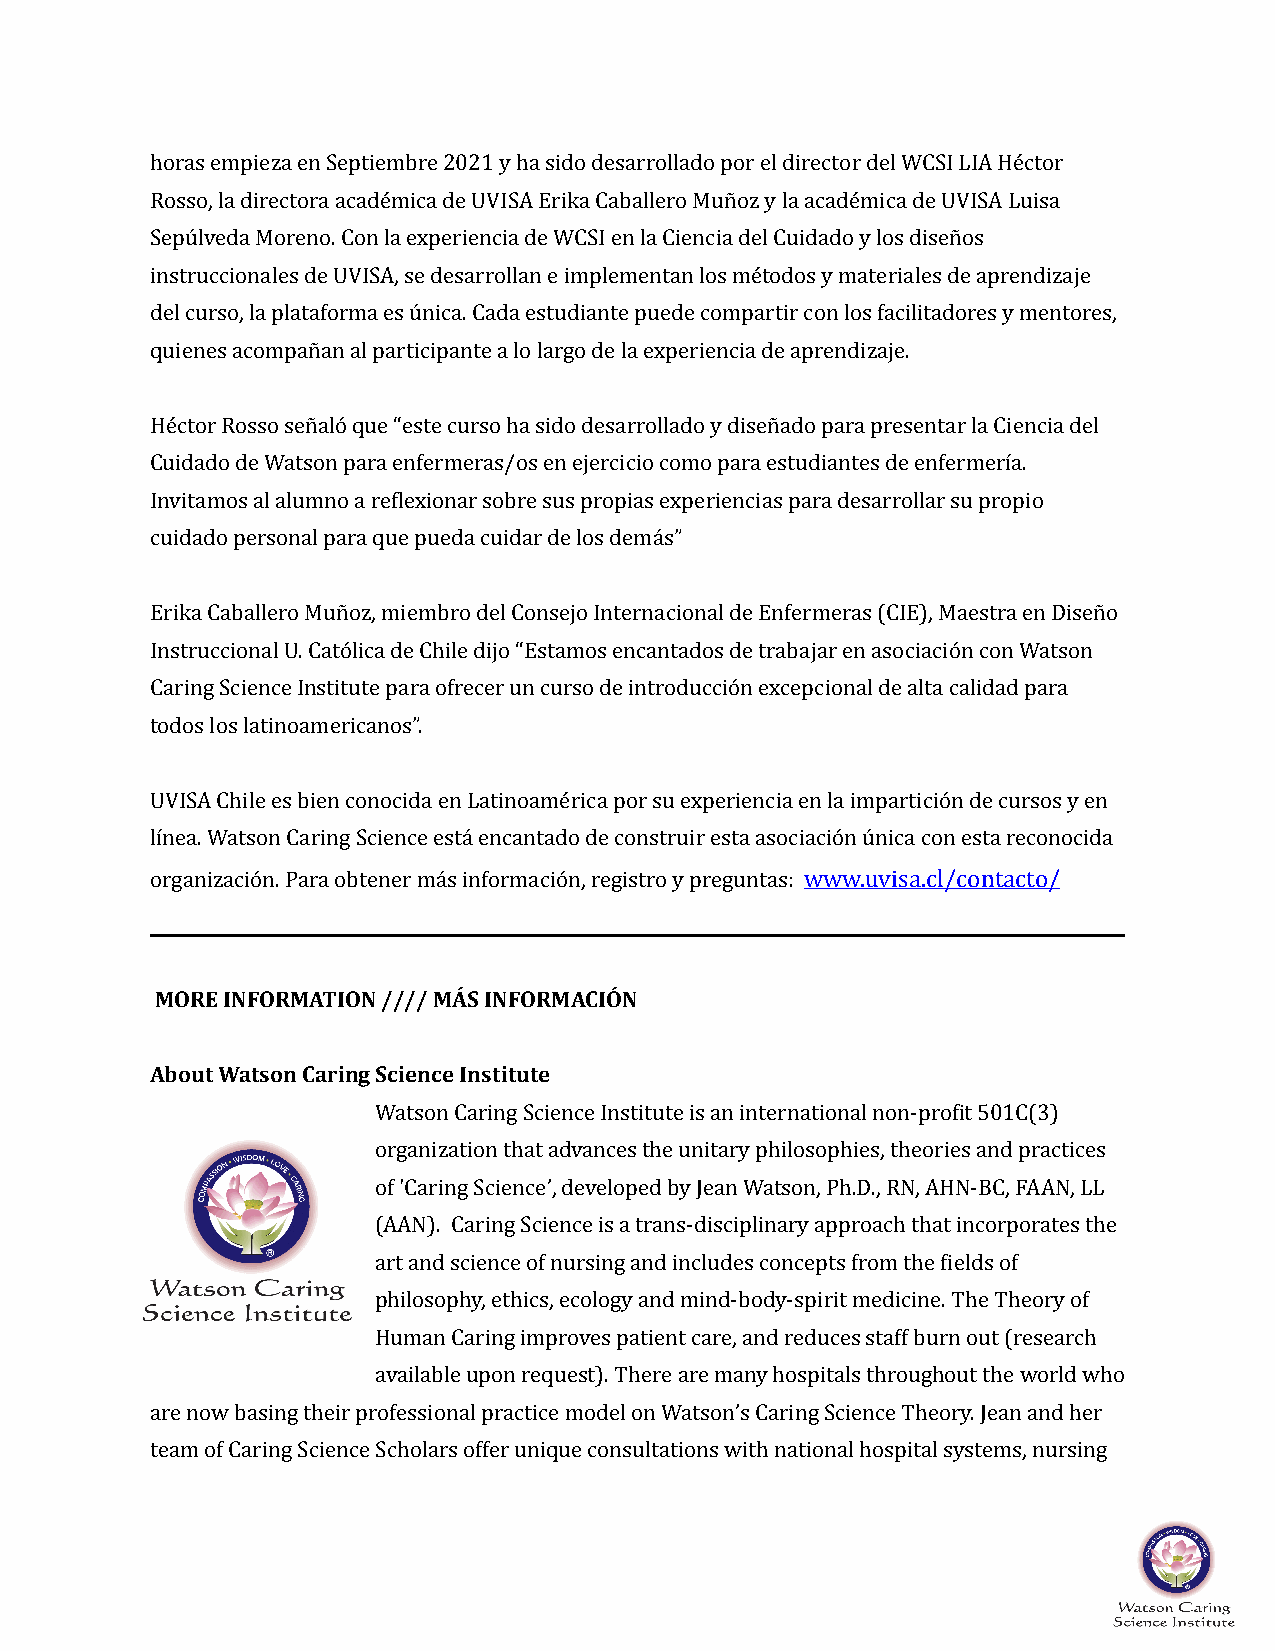
horas empieza en Septiembre 2021 y ha sido desarrollado por el director del WCSI LIA Héctor
 Rosso, la directora académica de UVISA Erika Caballero Muñoz y la académica de UVISA Luisa
 Sepúlveda Moreno. Con la experiencia de WCSI en la Ciencia del Cuidado y los diseños
 instruccionales de UVISA, se desarrollan e implementan los métodos y materiales de aprendizaje
 del curso, la plataforma es única. Cada estudiante puede compartir con los facilitadores y mentores,
 quienes acompañan al participante a lo largo de la experiencia de aprendizaje.
 Héctor Rosso señaló que “este curso ha sido desarrollado y diseñado para presentar la Ciencia del
 Cuidado de Watson para enfermeras/os en ejercicio como para estudiantes de enfermería.
 Invitamos al alumno a reVlexionar sobre sus propias experiencias para desarrollar su propio
 cuidado personal para que pueda cuidar de los demás”
 Erika Caballero Muñoz, miembro del Consejo Internacional de Enfermeras (CIE), Maestra en Diseño
 Instruccional U. Católica de Chile dijo “Estamos encantados de trabajar en asociación con Watson
 Caring Science Institute para ofrecer un curso de introducción excepcional de alta calidad para
 todos los latinoamericanos”.
 UVISA Chile es bien conocida en Latinoamérica por su experiencia en la impartición de cursos y en
 línea. Watson Caring Science está encantado de construir esta asociación única con esta reconocida
 organización. Para obtener más información, registro y preguntas: www.uvisa.cl/contacto/
 MORE INFORMATION //// MÁS INFORMACIÓN
 About Watson Caring Science Institute
 Watson Caring Science Institute is an international non-proVit 501C(3)
 organization that advances the unitary philosophies, theories and practices
 of 'Caring Science’, developed by Jean Watson, Ph.D., RN, AHN-BC, FAAN, LL
 (AAN). Caring Science is a trans-disciplinary approach that incorporates the
 art and science of nursing and includes concepts from the Vields of
 philosophy, ethics, ecology and mind-body-spirit medicine. The Theory of
 Human Caring improves patient care, and reduces staff burn out (research
 available upon request). There are many hospitals throughout the world who
 are now basing their professional practice model on Watson’s Caring Science Theory. Jean and her
 team of Caring Science Scholars offer unique consultations with national hospital systems, nursing